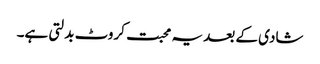
شادی کے بعد یہ محبت کروٹ بدلتی ہے۔